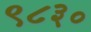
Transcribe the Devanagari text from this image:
९८३०